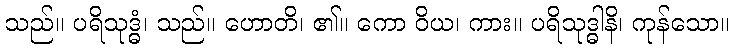
သည်။ ပရိသုဒ္ဓံ၊ သည်။ ဟောတိ၊ ၏။ ကော ဝိယ၊ ကား။ ပရိသုဒ္ဓါနိ၊ ကုန်သော။